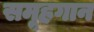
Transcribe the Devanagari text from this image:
समूहगान